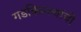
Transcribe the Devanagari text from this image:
गडकिल्ल्यांची